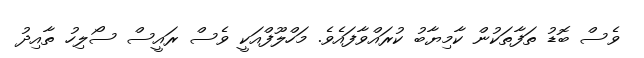
ވެސް ބޮޑު ތަފާތަކުން ކާމިޔާބު ކުރައްވާފައެވެ. މަހްލޫފްއަކީ ވެސް ރައީސް ސޯލިހު ތާއިދު